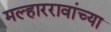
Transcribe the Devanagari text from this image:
मल्हाररावांच्या